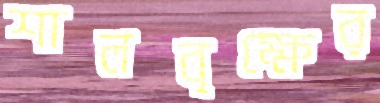
শালবৃক্ষের